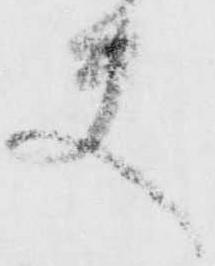
夫